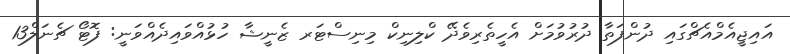
އައިޖީއެމްއެޗްގައި ދުންފަތާ ދުރުވުމަށް އެހީތެރިވެދޭ ކްލިނިކް މިނިސްޓަރ ޒެނީޝާ ހުޅުއްވައިދެއްވަނީ: ފޮޓޯ ޗެނަލް13